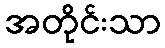
အတိုင်းသာ